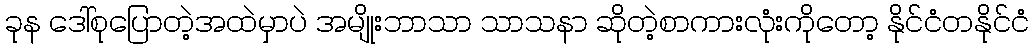
ခုန ဒေါ်စုပြောတဲ့အထဲမှာပဲ အမျိုးဘာသာ သာသနာ ဆိုတဲ့စာကားလုံးကိုတော့ နိုင်ငံတနိုင်ငံ